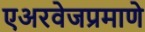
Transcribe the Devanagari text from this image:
एअरवेजप्रमाणे